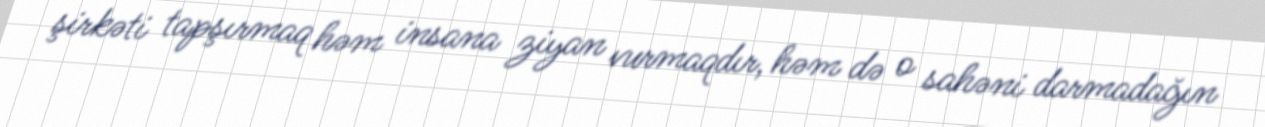
şirkəti tapşırmaq həm insana ziyan vurmaqdır, həm də o sahəni darmadağın